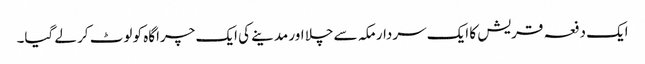
ایک دفعہ قریش کا ایک سردار مکہ سے چلا اور مدینے کی ایک چراگاہ کو لوٹ کر لے گیا۔